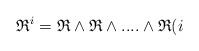
LaTeX: \begin{align*}\mathfrak{R}^{i}=\mathfrak{R\wedge R\wedge ....\wedge R}(i\end{align*}